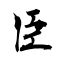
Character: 臣